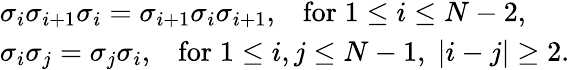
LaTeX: \begin{array}{l}{\sigma_{i}\sigma_{i+1}\sigma_{i}=\sigma_{i+1}\sigma_{i}\sigma_{i+1},\; \; \; \textrm{for}\; 1\leq i\leq N-2,}\\ {\sigma_{i}\sigma_{j}=\sigma_{j}\sigma_{i},\; \; \; \textrm{for}\; 1\leq i,j\leq N-1,\; |i-j|\geq 2.}\end{array}